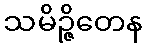
သမိဉ္ဇိတေန